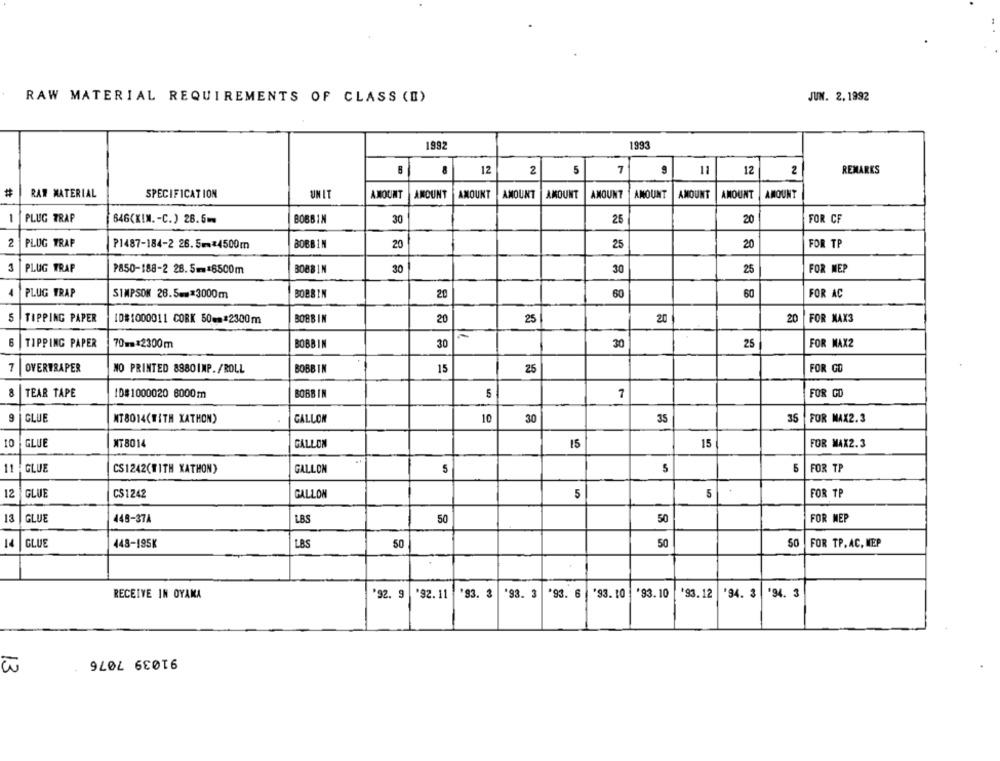
RAW MATERIAL REQUIREMENTS OF CLASS (I)
JUN. 2. 1992
1992
1993
12
2
5
7
11
12
2
REMARKS
#
RAW MATERIAL
SPECIFICATION
UNIT
AMOUNT
AMOUNT
AMOUNT
AMOUNT
AMOUNT
AMOUNT
AMOUNT
AMOUNT
AMOUNT
AMOUNT
1
PLUG TRAP
646(KIN. - C.) 26.5m
BOBBIN
30
26
20
FOR CF
2
PLUG TRAP
BOBBIN
25
FOR TP
P1487-184-2 26.5mm#4500m
20
20
1
PLUG TRAP
P850-188-2 28.5mm#6500m
BOBBIN
30
30
25
FOR MEP
PLUG TRAP
SIMPSON 26.5*3000m
BOBBIN
20
60
60
FOR AC
5
TIPPING PAPER
10#1000011 CORK 50mm#2300m
BOBBIN
20
25
20
20
FOR MAX3
6
TIPPING PAPER
70mm$2300m
BOBBIN
30
30
25
FOR MAX2
7
OVERTRAPER
NO PRINTED 8980IMP./ROLL
BOBBIN
15
25
FOR GO
8
TEAR TAPE
ID#1000020 8000m
BOBBIN
5
FOR CD
9
GLUE
NT8014(WITH KATHON)
10
30
35
35
FOR MAX2.3
CALLON
10
GLUE
MT8014
GALLON
15
15
FOR MAX2.3
11
GLUE
CS1242(WITH KATHON)
GALLON
5
5
5
FOR TP
12
GLUE
CS1242
GALLON
5
5
FOR TP
13
GLUE
LBS
50
448-37A
50
FOR MEP
GLUE
448-195K
LBS
50
50
50
FOR TP. AC, MEP
'92. 9 '92. 11 '93. 3 '93. 3 '93. 6 '93. 10 '83.10
'94. 3 |'94. 3
RECEIVE IN OYAMA
*93.12
91039 7076